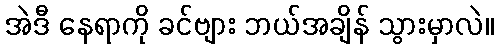
အဲဒီ နေရာကို ခင်ဗျား ဘယ်အချိန် သွားမှာလဲ။